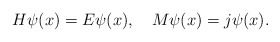
\begin{align*}H\psi(x)=E\psi(x),\quad M\psi(x)=j\psi(x).\end{align*}